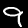
Digit: 9